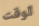
الوقت